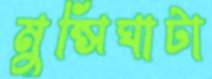
মুন্সিঘাটা